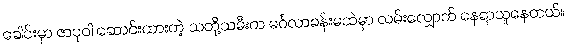
ခေါင်းမှာ ဇာပုဝါ ဆောင်းထားတဲ့ သတို့သမီးက မင်္ဂလာခန်းမထဲမှာ လမ်းလျှောက် နေရာယူနေတယ်။